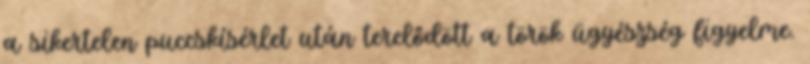
a sikertelen puccskísérlet után terelődött a török ügyészség figyelme.